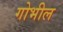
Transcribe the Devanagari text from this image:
गोभील